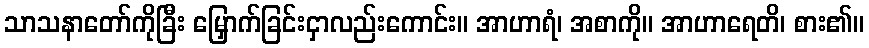
သာသနာတော်ကိုခြီး မြှောက်ခြင်းငှာလည်းကောင်း။ အာဟာရံ၊ အစာကို။ အာဟာရေတိ၊ စား၏။